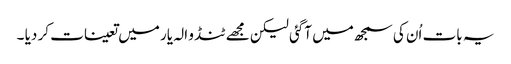
یہ بات اُن کی سمجھ میں آگئی لیکن مجھے ٹنڈو الہ یار میں تعینات کر دیا ۔